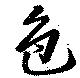
色